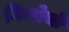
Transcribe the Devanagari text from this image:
निन्पोचो